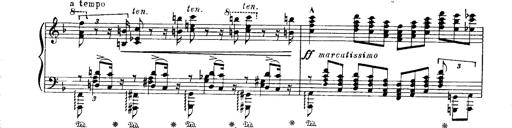
Title: Paraphrase de concert sur Ernani II
Composer: Franz Liszt